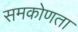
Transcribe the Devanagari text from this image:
समकोणता